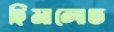
হিমালোত